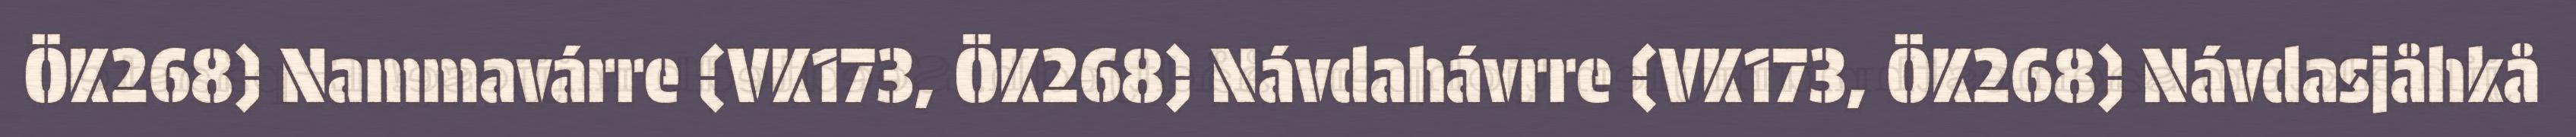
ÖK268) Nammavárre (VK173, ÖK268) Návdahávrre (VK173, ÖK268) Návdasjåhkå